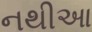
નથીઆ